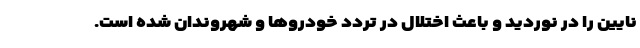
نایین را در نوردید و باعث اختلال در تردد خودروها و شهروندان شده است.